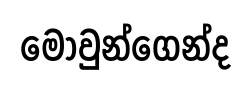
මොවුන්ගෙන්ද